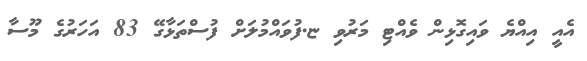
އެއީ އިއްޔެ ވައިގޮޅިން ވެއްޓި މަރުވި ޏ.ފުވައްމުލަށް ފުސްތަޅާގޭ 83 އަހަރުގެ މޫސާ